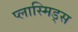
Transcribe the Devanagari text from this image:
प्लास्मिड्स